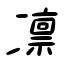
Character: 凛